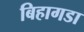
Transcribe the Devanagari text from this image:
बिहागडा